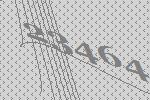
23464